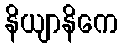
နိယျာနိကေ